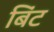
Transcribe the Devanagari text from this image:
बिंट